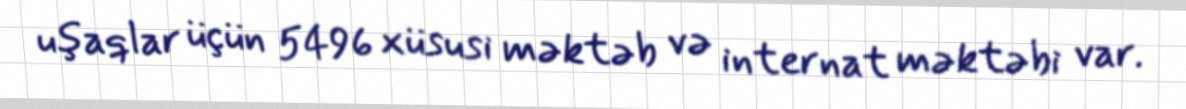
uşaqlar üçün 5496 xüsusi məktəb və internat məktəbi var.